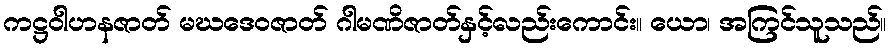
ကဋ္ဌဝါဟနဇာတ် မဃဒေဝဇာတ် ဂါမဏိဇာတ်နှင့်လည်းကောင်း။ ယော၊ အကြင်သူသည်။